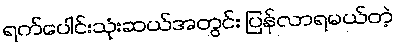
ရက်ပေါင်းသုံးဆယ်အတွင်း ပြန်လာရမယ်တဲ့